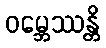
ဝမ္ဘေဿန္တိ